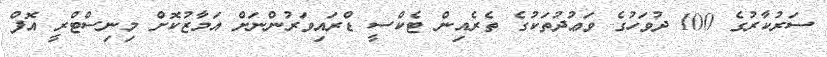
ސަރުކާރުގެ 100 ދުވަހުގެ ވަޢުދުތަކުގެ ތެރެއިން ޓެކްސީ ޑްރައިވަރުންނަށް އަމާޒުކޮށް މިނިސްޓްރީ އޮފް